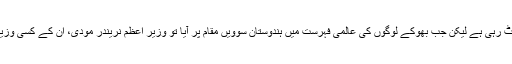
انہوں نے یہ بھی کہا کہ عالمی بینک کی اس رپورٹ پر تو حکومت واہ واہی لوٹ رہی ہے لیکن جب بھوکے لوگوں کی عالمی فہرست میں ہندوستان سوویں مقام پر آيا تو وزیر اعظم نریندر مودی، ان کے کسی وزیر یا بی جے پی صدر امت شاہ نے نہ تو ٹویٹ کیا اور نہ کو ئی بیان جاری کیا۔